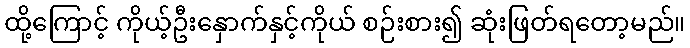
ထို့ကြောင့် ကိုယ့်ဦးနှောက်နှင့်ကိုယ် စဉ်းစား၍ ဆုံးဖြတ်ရတော့မည်။